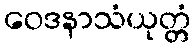
ဝေဒနာသံယုတ္တံ